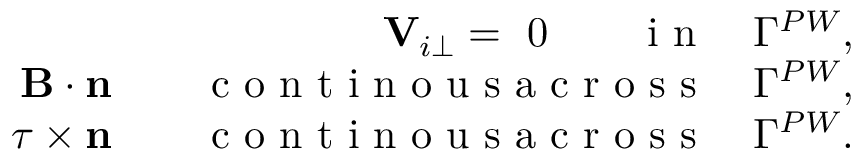
\begin{array} { r } { { \mathbf V } _ { i \perp } = ~ 0 \qquad \mathrm { ~ i ~ n ~ } \quad \Gamma ^ { P W } , } \\ { { \mathbf B } \cdot \mathbf { n } \qquad \mathrm { ~ c ~ o ~ n ~ t ~ i ~ n ~ o ~ u ~ s ~ a ~ c ~ r ~ o ~ s ~ s ~ } \quad \Gamma ^ { P W } , } \\ { \boldsymbol { \tau } \times \mathbf { n } \qquad \mathrm { ~ c ~ o ~ n ~ t ~ i ~ n ~ o ~ u ~ s ~ a ~ c ~ r ~ o ~ s ~ s ~ } \quad \Gamma ^ { P W } . } \end{array}